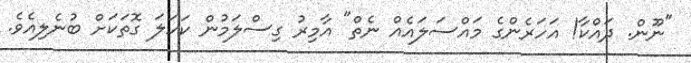
"ނޫން. ދައްކާ! އަހަރެންގެ މައްސަލައެއް ނެތް" އާމިރު ގިސްލަމުން ކަހަލަ ގޮތަކަށް ބުނެލިއެވެ.